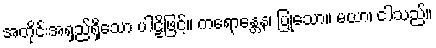
အတိုင်းအရှည်ရှိသော ပါဠိဖြင့်။ ကရောန္တေန၊ ပြုသော။ မယာ၊ ငါသည်။